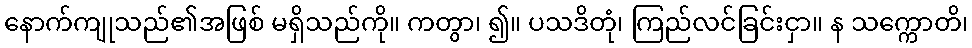
နောက်ကျုသည်၏အဖြစ် မရှိသည်ကို။ ကတွာ၊ ၍။ ပသဒိတုံ၊ ကြည်လင်ခြင်းငှာ။ န သက္ကောတိ၊